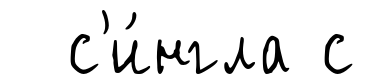
с'и́нгла с